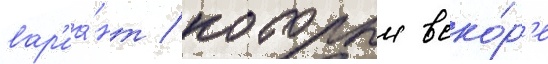
вар'иа́нт / которыи вско́р'е